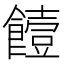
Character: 饐